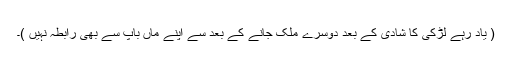
( یاد رہے لڑکی کا شادی کے بعد دوسرے ملک جانے کے بعد سے اپنے ماں باپ سے بھی رابطہ نہیں )۔